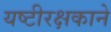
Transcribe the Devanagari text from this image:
यष्टीरक्षकाने